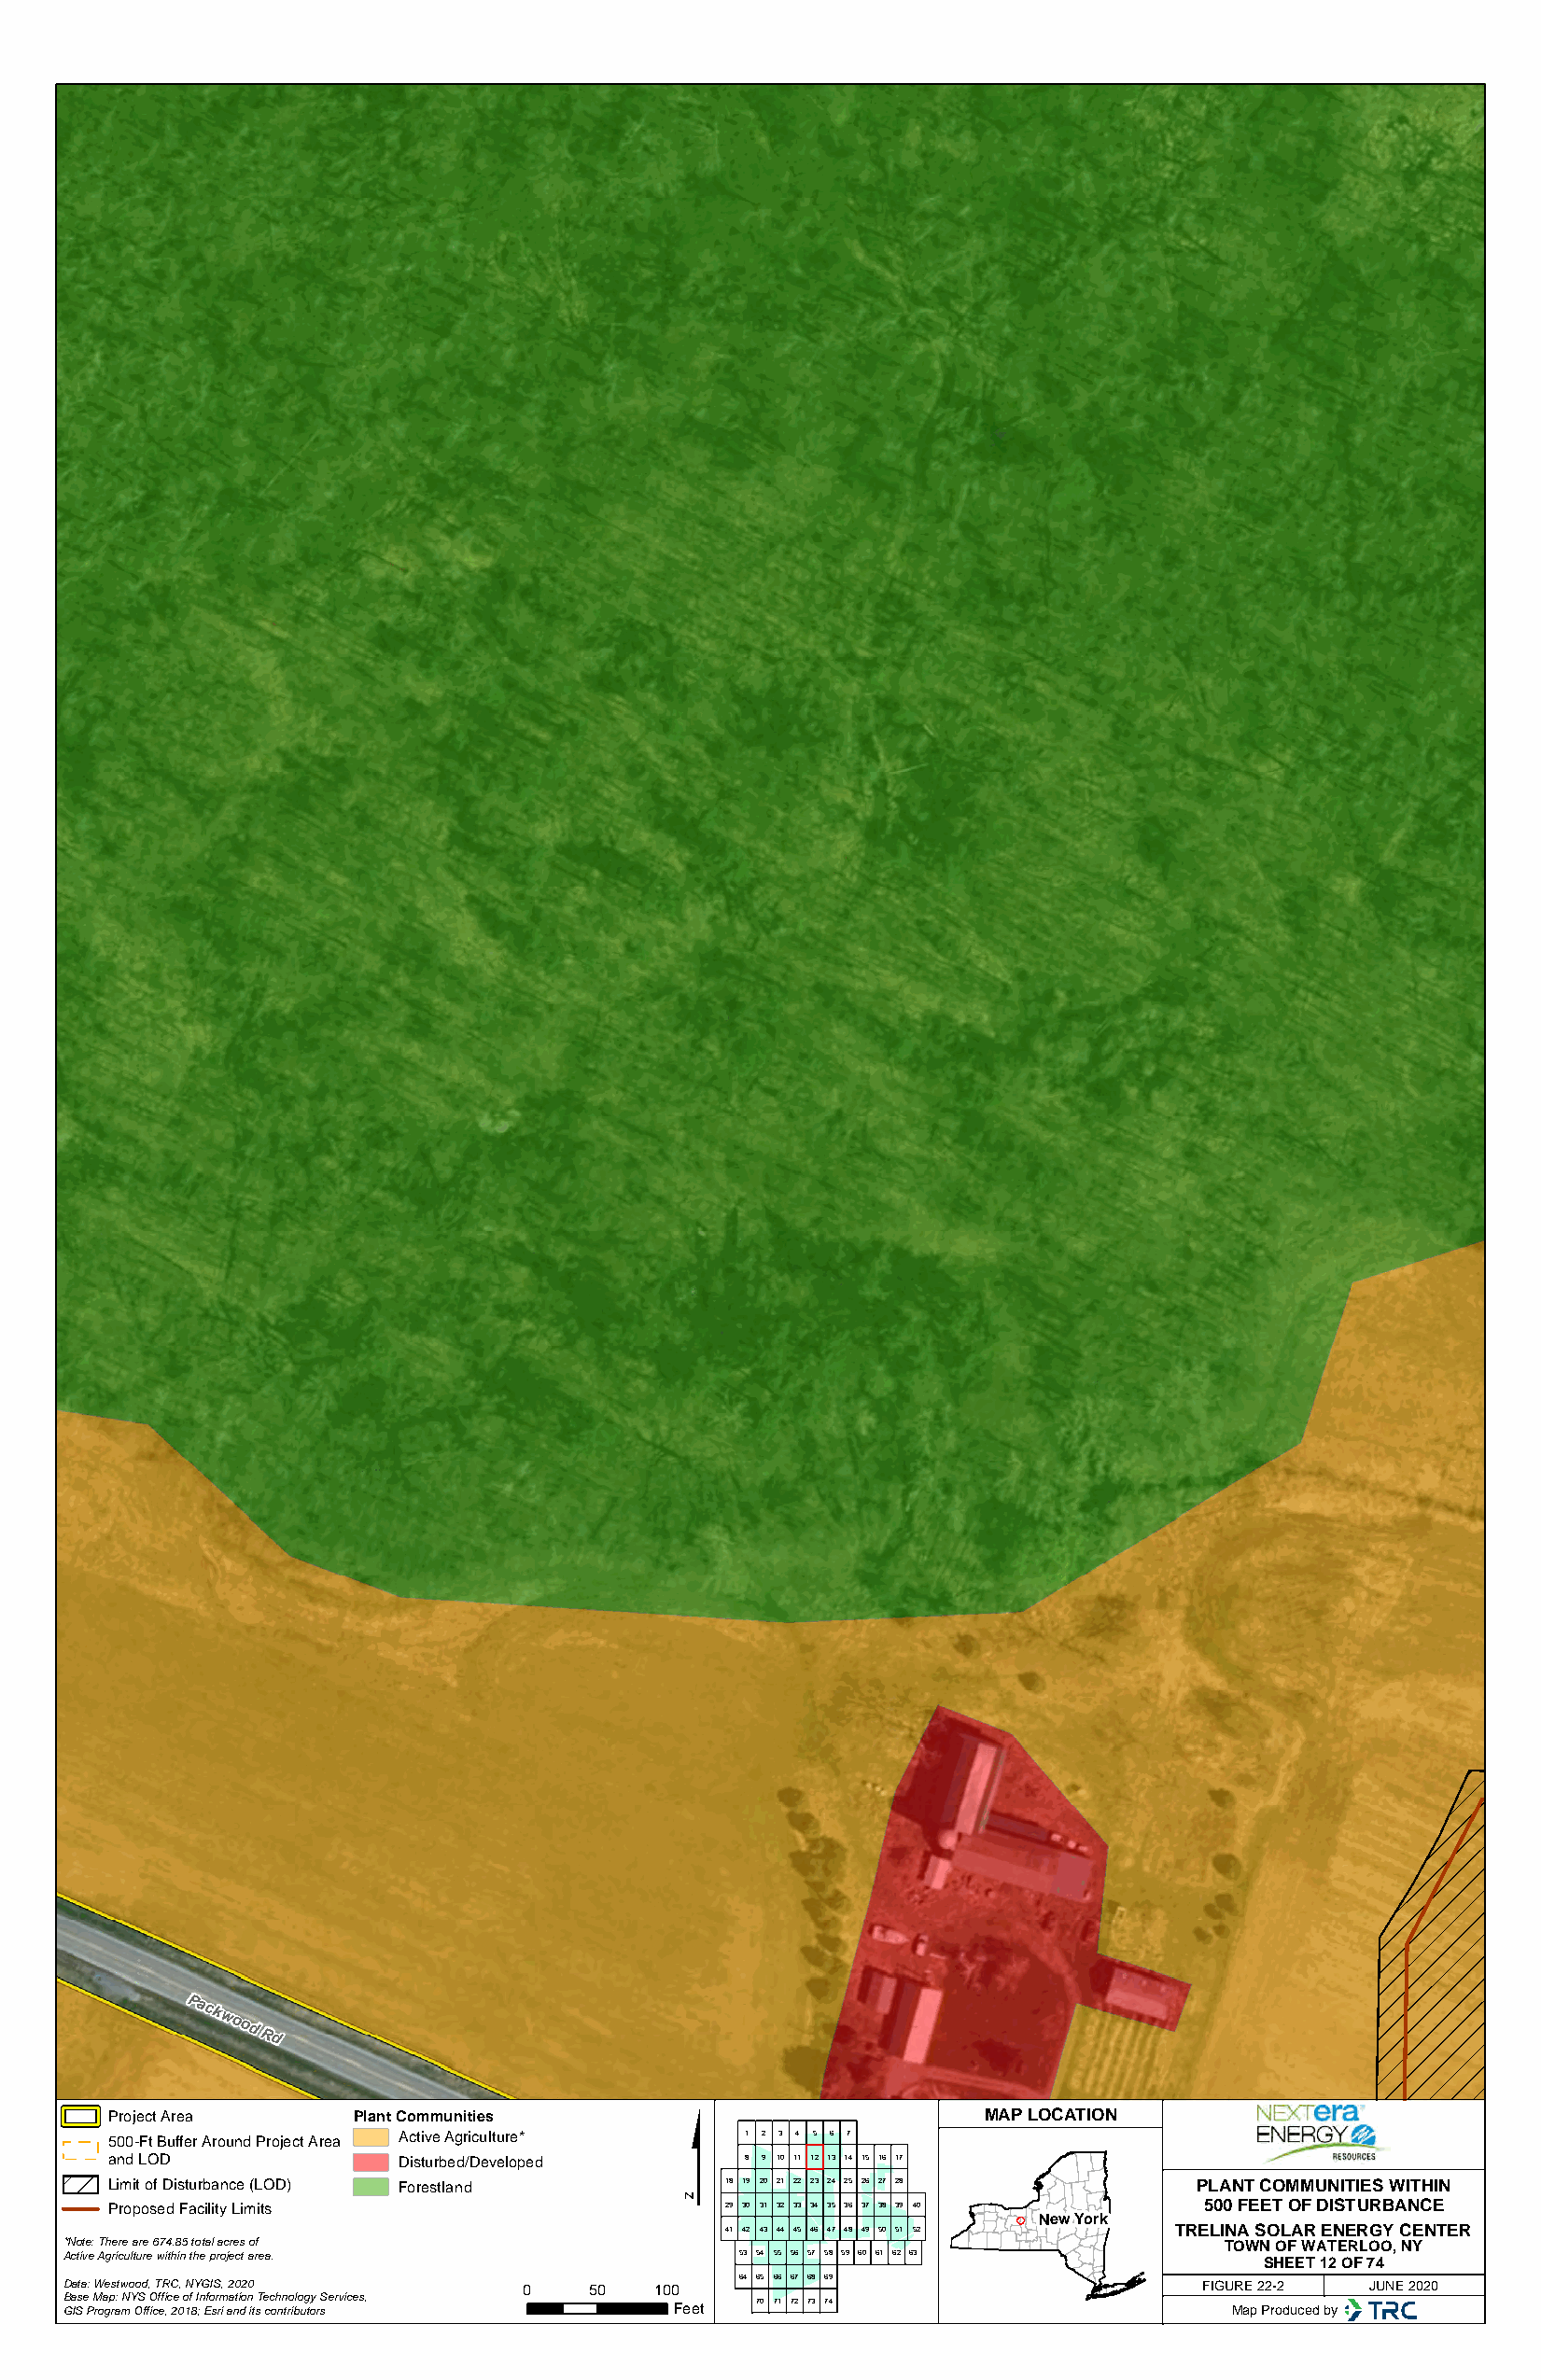
Packwood
 Rd
 $
 Project Area     Plant Communities                            MAP LOCATION
 500-Ft Buffer Around Project Area Active Agriculture* 1 2 3 4 5 6 7
 and LOD             Disturbed/Developed      8 9 10 11 12 13 14 15 16 17
 Limit of Disturbance (LOD) Forestland      18 19 20 21 22 23 24 25 26 27 28  PLANT COMMUNITIES WITHIN
 Proposed Facility Limits                   29 30 31 32 33 34 35 36 37 38 39 40 500 FEET OF DISTURBANCE
 New York
 41 42 43 44 45 46 47 48 49 50 51 52 TRELINA SOLAR ENERGY CENTER
 *Note: There are 674.85 total acres of                                             TOWN OF WATERLOO, NY
 Active Agriculture within the project area.     53 54 55 56 57 58 59 60 61 62 63
 SHEET 12 OF 74
 64 65 66 67 68 69
 Data: Westwood, TRC, NYGIS, 2020 0    50  100                                    FIGURE 22-2 JUNE 2020
 Base Map: NYS Office of Information Technology Services, 70 71 72 73 74
 GIS Program Office, 2018; Esri and its contributors Feet                           Map Produced by